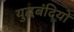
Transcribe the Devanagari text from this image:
युद्घबंदियों